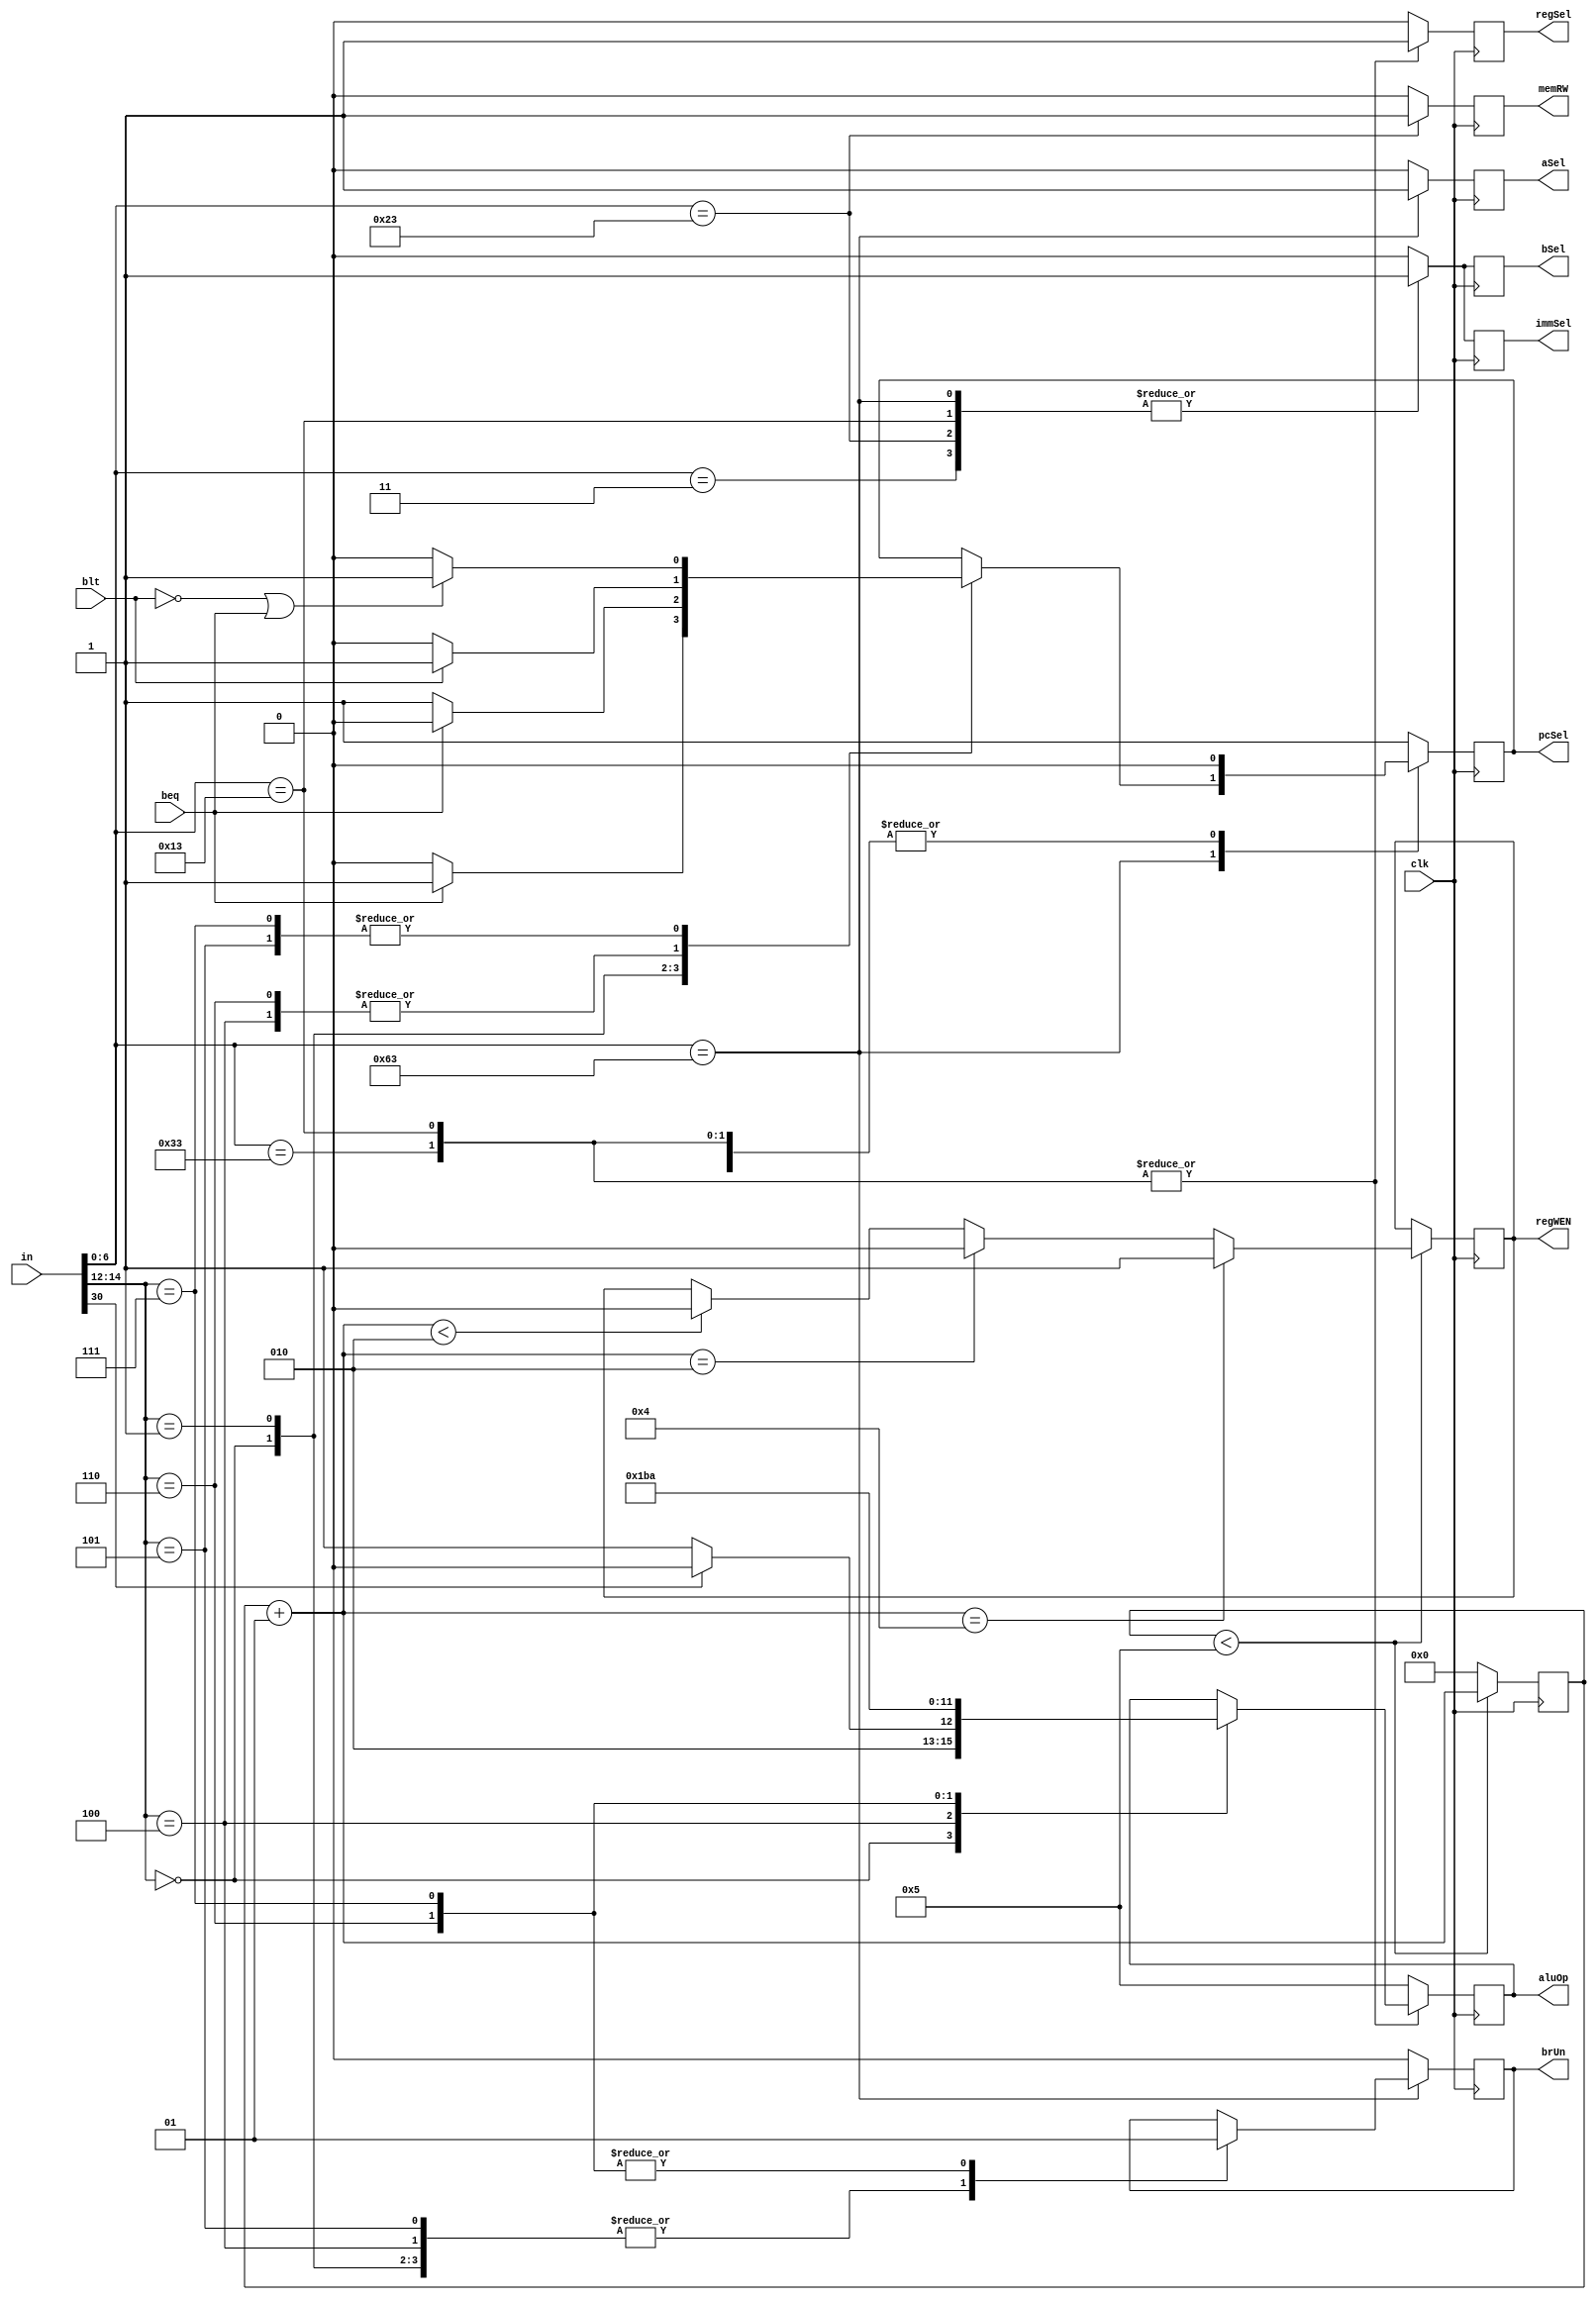
module cCU (in, beq, blt, regWEN, aluOp, immSel, bSel, aSel, memRW, regSel, pcSel, brUn, clk);

input [31:0] in;
input beq, blt, clk;

output reg regWEN, immSel, bSel, aSel, memRW, regSel, pcSel, brUn;
output reg [3:0] aluOp;


integer count = 0;


	always @(posedge clk) begin
/*	
	if (count < 5) begin
		count = count + 1;
		end
	else begin
		regWEN = 1;
		count = 0;
	end
	
	if (count==1) begin
		regWEN = 0;
	end	
*/
		
	//Changes regWEN every 3 and 5 cycles
	if (count<5) begin

		count = count + 1;
		
		if (count < 2) regWEN = 0;
		
		if (count == 2) regWEN = 0;
		
		if (count == 4) regWEN = 1;
		end
		
	
	else begin
	
		 count = 0;
		end

		//Non-Memory instructions 
		
			case (in[6:0])
		
			//R-type
			7'b0110011 : begin
			
							bSel = 0;
							aSel = 0;
							regSel = 1;
							pcSel = 0;
							
						//	regWEN = 0; // -> 1 MAKE SURE TO SWITCH TO 1 EVERY 5 CLOCK CYCLES
							
							
							
							//Do not care
							immSel = 0;
							memRW = 0;
							brUn = 0;
											//ALUOP: R-Type
											case(in[14:12])
											//ADD/SUB
												3'b000: begin
												
															if(in[30] == 1) aluOp = 0100;
													
															else aluOp = 0101;
															end 
											//XOR
												3'b100 : aluOp = 0001;
											//OR
												3'b110 : aluOp = 0011;
											//AND
												3'b111 : aluOp = 0010;
											endcase
											
												
												
							
							end
			//I-type
			7'b0010011 : begin
			
							immSel = 1; //First bit of Imm Value
							bSel = 1;
							aSel = 0;
							regSel = 1;
							pcSel = 0;
							
						//	regWE = 0; // -> 1
							
							//Do not care
							brUn = 0;
							memRW = 0;
											//ALUOP: I-Type
											case(in[14:12])
											//ADD/SUB
												3'b000: begin
												
															if(in[30] == 1) aluOp = 0100;
													
															else aluOp = 0101;
															end 
											//XOR
												3'b100 : aluOp = 0001;
											//OR
												3'b110 : aluOp = 0011;
											//AND
												3'b111 : aluOp = 0010;
											endcase
							
							end
			//B-type
			7'b1100011 : begin //Work on !!!!!
							
							aluOp = 0101;
							immSel = 1;
							bSel = 1;
							aSel = 1;
							
						//	regWEN = 0; //-> 1
							
							//Do not care
							memRW = 0;
							regSel = 0;
							
							
								case(in[14:12]) //Dependent Outputs
								
								//BEQ
								3'b000 : begin
								
											brUn = 0;
								
											if (beq == 1) pcSel = 1;

											else pcSel = 0;
											end
								//BNE
								3'b001 : begin
								
											brUn = 0;
								
											if (beq == 0) pcSel = 1;

											else pcSel = 0;
											end
								//BLT
								3'b100 : begin 
								
											brUn = 0;
								
											if (blt == 1) pcSel = 1;
											
											else pcSel = 0;
											end
								//BGE			
								3'b101 : begin 
								
												brUn = 0;
								
												if ((blt == 0) | (beq==1)) pcSel = 1;
											
												else pcSel = 0;
							
											
											
											
											end
								//BLTU
								3'b110 : begin
											 
												brUn = 1;
											
												if (blt == 1) pcSel = 1;
											
												else pcSel = 0;
												
											end
								//BGEU
								3'b111 : begin
											
											brUn = 1;
											
											if ((blt == 0) | (beq==1)) pcSel = 1;
											
											else pcSel = 0;
											end
								
								endcase
						
							end
			//Store Word				
			7'b0100011 : begin
			
							aluOp = 0101;
							immSel = 1;
							bSel = 1;
							aSel = 0;
							memRW = 1;
							pcSel = 0;
							
						//	regWE = 0; // -> x
							
							//Do not care
							brUn = 0;
							regSel = 0;
							
							end
			//Load Word
			7'b0000011 : begin
			
							aluOp = 0101;
							immSel = 1;
							bSel = 1;
							aSel = 0;
							memRW = 0;
							regSel = 0;
							pcSel = 0;
							
							//regWE = 0; //-> 1
							
							//Do not care 
							brUn = 0;
							
							end 
							
							
							
			
			default	  : begin
						   
							immSel = 0;
							bSel = 0;
							aSel = 0;
							memRW = 0;
							regSel = 0;
							pcSel = 1;
							aluOp = 0101;
							//regWE = 0;
							brUn = 0;
							end
			endcase 
			
			
			
		end
endmodule